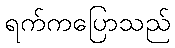
ရက်ကပြောသည်